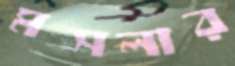
মসলার